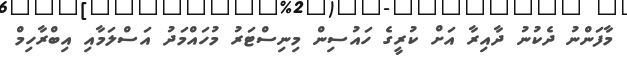
މާފަންނު ދެކުނު ދާއިރާ އަށް ކުރީގެ ހައުސިން މިނިސްޓަރު މުހައްމަދު އަސްލަމާއި އިބްރާހިމް